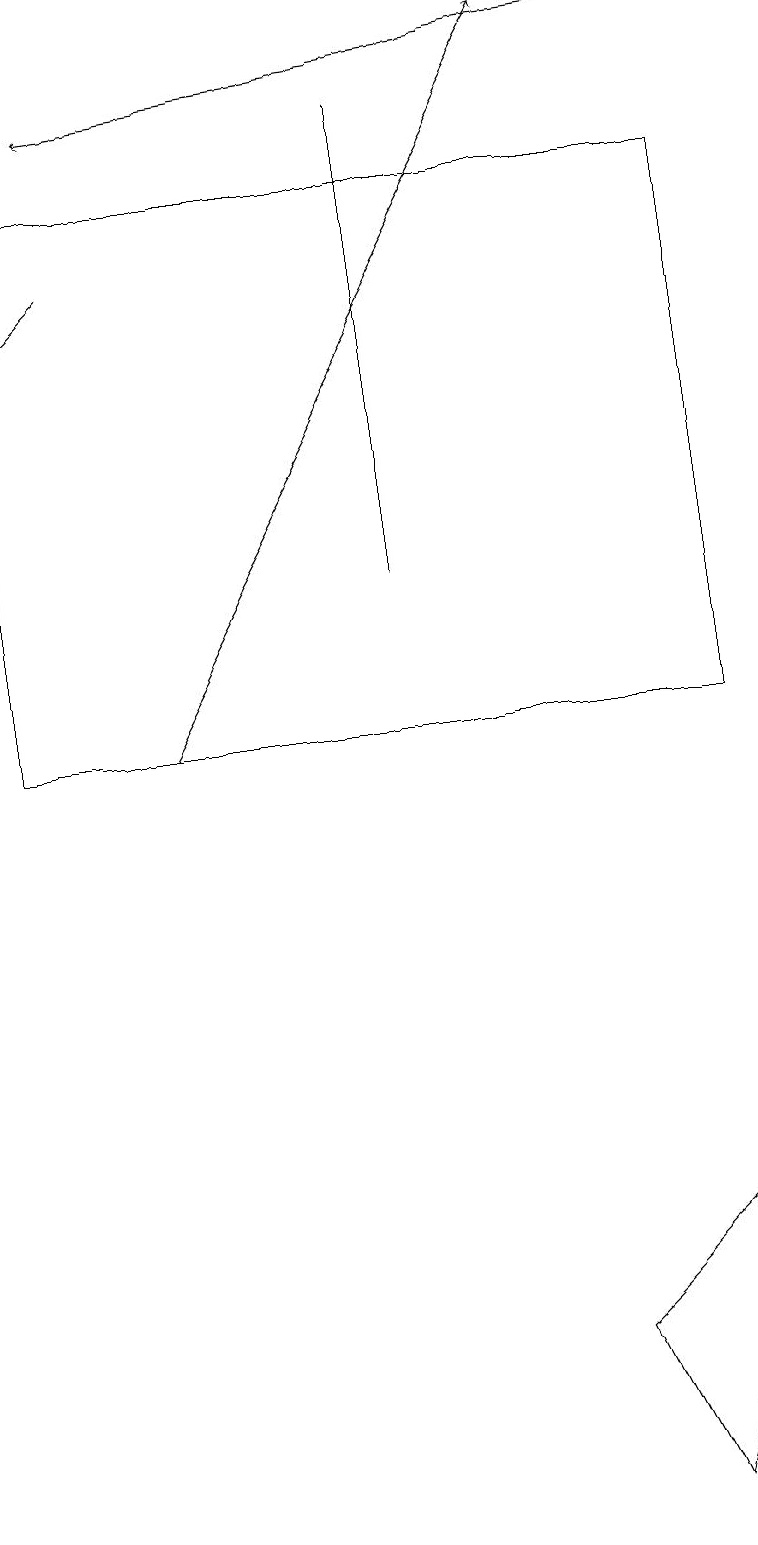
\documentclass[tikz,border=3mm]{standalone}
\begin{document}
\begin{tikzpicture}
\draw[->] (8,19) -- (1,18);
\draw (8,0) -- (9,4) -- (7,2) -- cycle;
\draw (0,17) rectangle (9,10);
\draw (5,18) rectangle (5,12);
\draw[->] (1,16) -- (0,15);
\draw[->] (2,10) -- (7,19);
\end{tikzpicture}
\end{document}